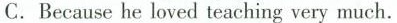
C. Because he loved teaching very much.